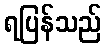
ရပြန်သည်